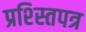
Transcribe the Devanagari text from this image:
प्रश्स्तिपत्र